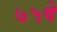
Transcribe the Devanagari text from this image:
७५वे